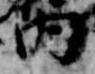
内